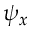
\psi _ { x }